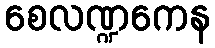
စေလဏ္ဍကေန